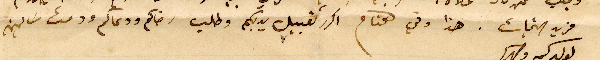
فريد التحيات. هذا وفي الختام اكرر تقبيل يديكم وطلب رضاكم ودعاكم ودمت سالمين